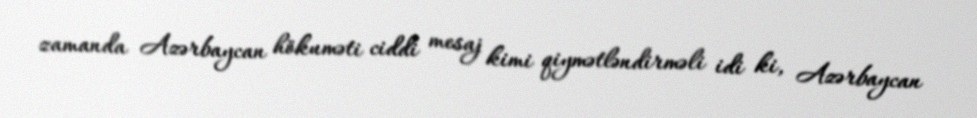
zamanda Azərbaycan hökuməti ciddi mesaj kimi qiymətləndirməli idi ki, Azərbaycan